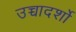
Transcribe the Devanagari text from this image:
उच्चादर्शो